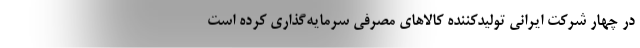
در چهار شرکت ایرانی تولیدکننده کالاهای مصرفی سرمایه‌گذاری کرده است